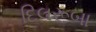
દિલરૂબા